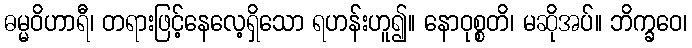
ဓမ္မဝိဟာရီ၊ တရားဖြင့်နေလေ့ရှိသော ရဟန်းဟူ၍။ နောဝုစ္စတိ၊ မဆိုအပ်။ ဘိက္ခဝေ၊